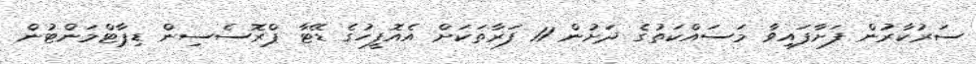
ސަރުކާރުން ފަށާފައިވާ މަސައްކަތުގެ ދަށުން 11 ފަރާތަކަށް އެއޮފީހުގެ ޑޭޓާ ޕްރޮސެސިން ޑިޕާޓްމަންޓުން